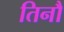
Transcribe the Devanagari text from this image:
तिनौ